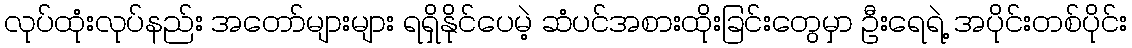
လုပ်ထုံးလုပ်နည်း အတော်များများ ရရှိနိုင်ပေမဲ့ ဆံပင်အစားထိုးခြင်းတွေမှာ ဦးရေရဲ့ အပိုင်းတစ်ပိုင်း